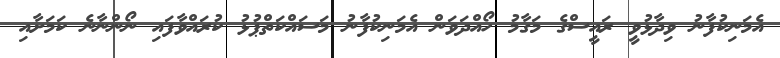
އެމަނިކުފާނު ވިދާޅުވީ ރައީސްގެ މަގާމު ހޯއްދަވަން އެމަނިކުފާނު މަސައްކަތްޕުޅު ކުރައްވާފައި ނޯންނާނެ ކަމަށާއި